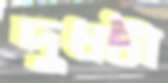
দুধটা